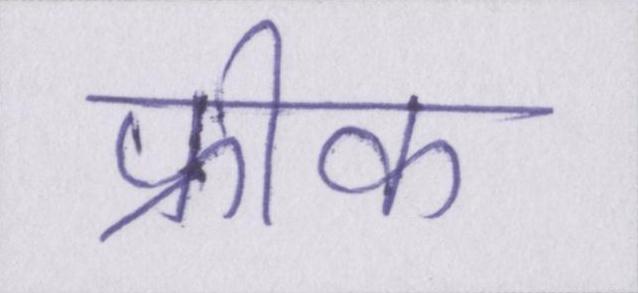
फ्रीक